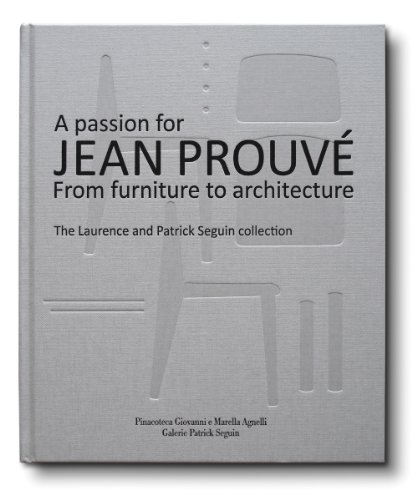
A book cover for A Passion for Jean ProuvÃ©: From Furniture to Architecture: The Laurence and Patrick Seguin Collection; Arts & Photography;